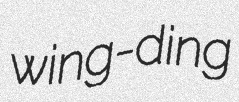
wing-ding